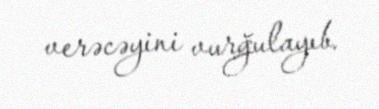
verəcəyini vurğulayıb.